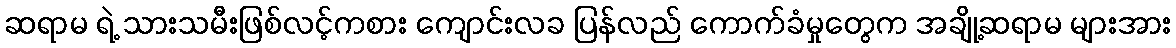
ဆရာမ ရဲ့ သားသမီးဖြစ်လင့်ကစား ကျောင်းလခ ပြန်လည် ကောက်ခံမှုတွေက အချို့ဆရာမ များအား